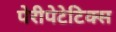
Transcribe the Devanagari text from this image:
पेरीपेटेटिक्स